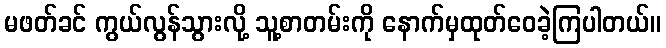
မဖတ်ခင် ကွယ်လွန်သွားလို့ သူ့စာတမ်းကို နောက်မှထုတ်ဝေခဲ့ကြပါတယ်။